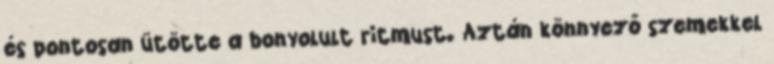
és pontosan ütötte a bonyolult ritmust. Aztán könnyező szemekkel